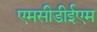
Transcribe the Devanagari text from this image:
एमसीडीईएम